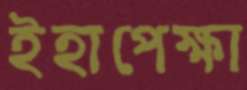
ইহাপেক্ষা